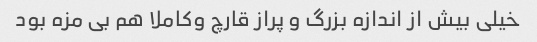
خیلی بیش از اندازه بزرگ و پراز قارچ وکاملا هم بی مزه بود